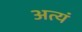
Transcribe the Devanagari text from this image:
अत्यं